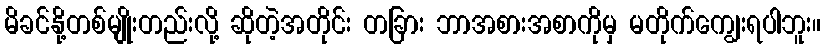
မိခင်နို့တစ်မျိုးတည်းလို့ ဆိုတဲ့အတိုင်း တခြား ဘာအစားအစာကိုမှ မတိုက်ကျွေးရပါဘူး။